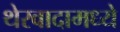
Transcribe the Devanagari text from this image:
थेरवादामध्ये